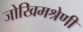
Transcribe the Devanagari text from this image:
जोखिमश्रेणी